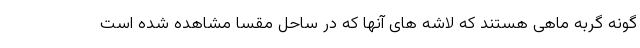
گونه گربه ماهی هستند که لاشه های آنها که در ساحل مقسا مشاهده شده است